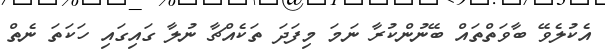
އެކުލެވޭ ބާވަތްތައް ބޭނުންކުރާ ނަމަ މިފަދަ ތަކެއްޗާ ނުލާ ގައިގައި ހަކަތަ ނެތް